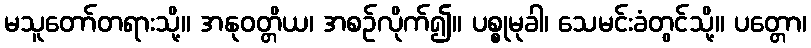
မသူတော်တရားသို့။ အနုဝတ္တိယ၊ အစဉ်လိုက်၍။ ပစ္စုမုခါ၊ သေမင်းခံတွင်သို့။ ပတ္တော၊